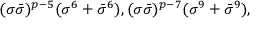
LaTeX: ( \sigma \bar { \sigma } ) ^ { p - 5 } ( \sigma ^ { 6 } + \bar { \sigma } ^ { 6 } ) , ( \sigma \bar { \sigma } ) ^ { p - 7 } ( \sigma ^ { 9 } + \bar { \sigma } ^ { 9 } ) ,